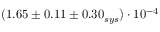
( 1 . 6 5 \pm 0 . 1 1 \pm 0 . 3 0 _ { s y s } ) \cdot 1 0 ^ { - 4 }